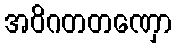
အဝိဂတတဏှော